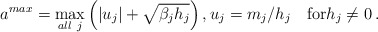
\begin{align*}a^{max}=\max\limits_{all~j}\left(|u_j|+\sqrt{\beta_{j}h_j}\right),u_j=m_j/h_j\quad\hbox{for}h_j\neq 0\,.\end{align*}